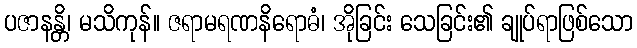
ပဇာနန္တိ၊ မသိကုန်။ ဇရာမရဏနိရောဓံ၊ အိုခြင်း သေခြင်း၏ ချုပ်ရာဖြစ်သော